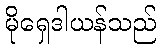
မိုရှေဒါယန်သည်